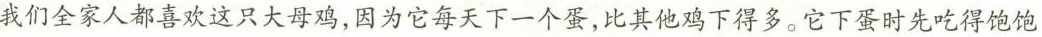
我们全家人都喜欢这只大母鸡，因为它每天下一个蛋，比其他鸡下得多。它下蛋时先吃得饱饱